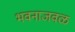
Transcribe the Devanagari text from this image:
भवनाजवळ